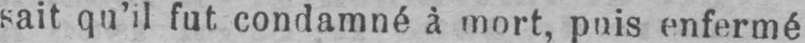
sait qu’il fut condamné à mort, puis enfermé